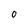
Character: 0